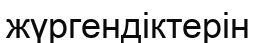
жүргендіктерін